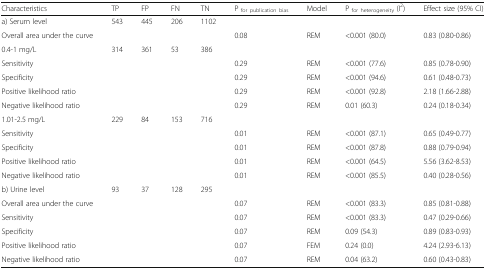
| Characteristics | TP | FP | FN | TN | P for publication bias | Model | P for heterogeneity (I2) | Effect size (95% CI) |
 | --- | --- | --- | --- | --- | --- | --- | --- | --- |
 | a) Serum level | 543 | 445 | 206 | 1102 |  |  |  |  |
 | Overall area under the curve |  |  |  |  | 0.08 | REM | <0.001 (80.0) | 0.83 (0.80-0.86) |
 | 0.4-1 mg/L | 314 | 361 | 53 | 386 |  |  |  |  |
 | Sensitivity |  |  |  |  | 0.29 | REM | <0.001 (77.6) | 0.85 (0.78-0.90) |
 | Specificity |  |  |  |  | 0.29 | REM | <0.001 (94.6) | 0.61 (0.48-0.73) |
 | Positive likelihood ratio |  |  |  |  | 0.29 | REM | <0.001 (92.8) | 2.18 (1.66-2.88) |
 | Negative likelihood ratio |  |  |  |  | 0.29 | REM | 0.01 (60.3) | 0.24 (0.18-0.34) |
 | 1.01-2.5 mg/L | 229 | 84 | 153 | 716 |  |  |  |  |
 | Sensitivity |  |  |  |  | 0.01 | REM | <0.001 (87.1) | 0.65 (0.49-0.77) |
 | Specificity |  |  |  |  | 0.01 | REM | <0.001 (87.8) | 0.88 (0.79-0.94) |
 | Positive likelihood ratio |  |  |  |  | 0.01 | REM | <0.001 (64.5) | 5.56 (3.62-8.53) |
 | Negative likelihood ratio |  |  |  |  | 0.01 | REM | <0.001 (85.5) | 0.40 (0.28-0.56) |
 | b) Urine level | 93 | 37 | 128 | 295 |  |  |  |  |
 | Overall area under the curve |  |  |  |  | 0.07 | REM | <0.001 (83.3) | 0.85 (0.81-0.88) |
 | Sensitivity |  |  |  |  | 0.07 | REM | <0.001 (83.3) | 0.47 (0.29-0.66) |
 | Specificity |  |  |  |  | 0.07 | REM | 0.09 (54.3) | 0.89 (0.83-0.93) |
 | Positive likelihood ratio |  |  |  |  | 0.07 | FEM | 0.24 (0.0) | 4.24 (2.93-6.13) |
 | Negative likelihood ratio |  |  |  |  | 0.07 | REM | 0.04 (63.2) | 0.60 (0.43-0.83) |